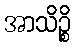
အာသိဉ္စိ